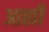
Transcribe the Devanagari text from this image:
आह्मी